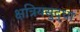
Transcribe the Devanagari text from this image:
क्षत्रियसुद्धा